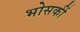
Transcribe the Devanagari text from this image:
भोसकीं